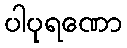
ပါပုရဏော